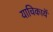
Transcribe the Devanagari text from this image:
याचिकायें